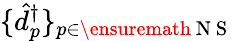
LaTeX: \{ \hat{d}_{p}^{\dagger}\} _{p\in\ensuremath{\mathrm{~N~S~}}}